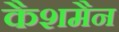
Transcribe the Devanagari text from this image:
कैशमैन